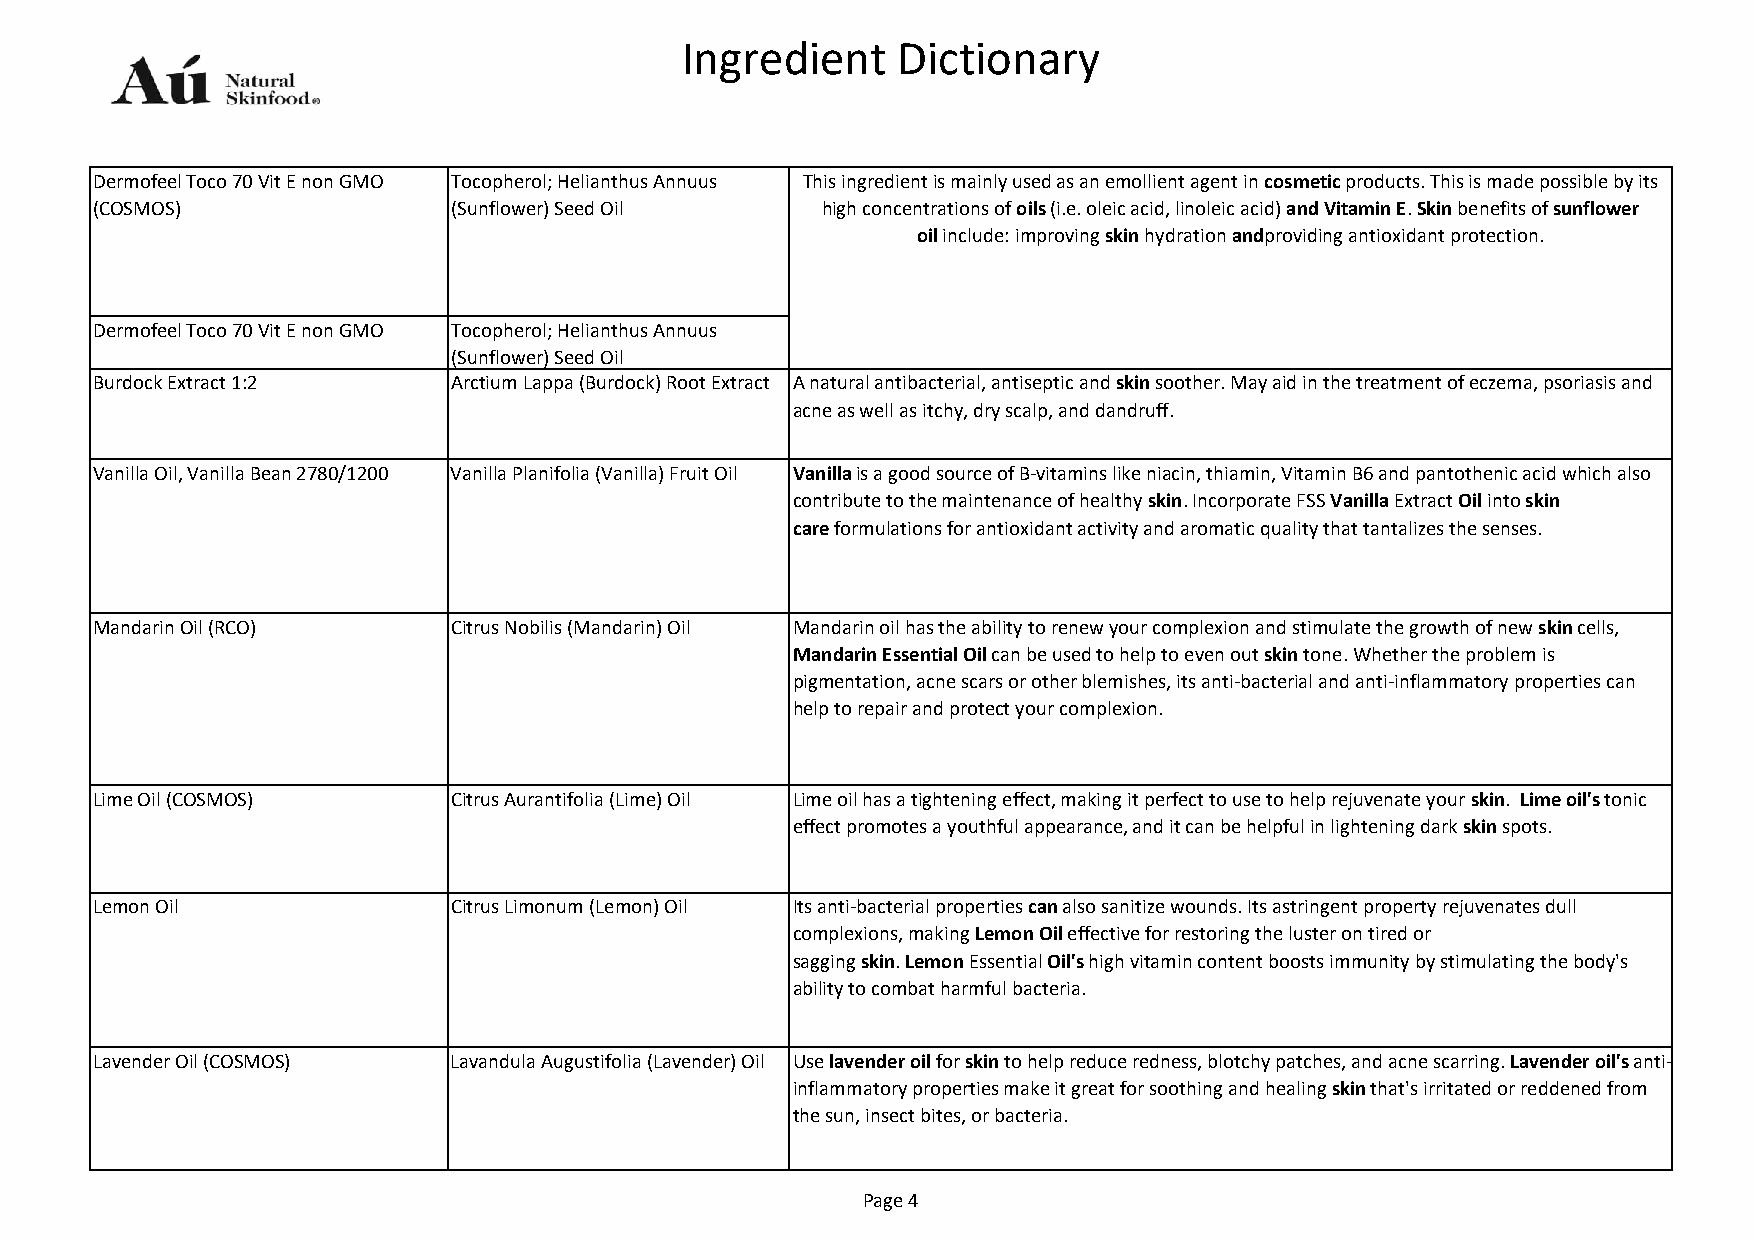
Ingredient    Dictionary
 Dermofeel Toco 70 Vit E non GMO Tocopherol; Helianthus Annuus This ingredient is mainly used as an emollient agent in cosmetic products. This is made possible by its
 (COSMOS)                (Sunflower) Seed Oil    high concentrations of oils (i.e. oleic acid, linoleic acid) and Vitamin E. Skin benefits of sunflower
 oil include: improving skin hydration andproviding antioxidant protection.
 Dermofeel Toco 70 Vit E non GMO Tocopherol; Helianthus Annuus
 (Sunflower) Seed Oil
 Burdock Extract 1:2     Arctium Lappa (Burdock) Root Extract A natural antibacterial, antiseptic and skin soother. May aid in the treatment of eczema, psoriasis and
 acne as well as itchy, dry scalp, and dandruff.
 Vanilla Oil, Vanilla Bean 2780/1200 Vanilla Planifolia (Vanilla) Fruit Oil Vanilla is a good source of B‐vitamins like niacin, thiamin, Vitamin B6 and pantothenic acid which also
 contribute to the maintenance of healthy skin. Incorporate FSS Vanilla Extract Oil into skin
 care formulations for antioxidant activity and aromatic quality that tantalizes the senses.
 Mandarin Oil (RCO)      Citrus Nobilis (Mandarin) Oil Mandarin oil has the ability to renew your complexion and stimulate the growth of new skin cells,
 Mandarin Essential Oil can be used to help to even out skin tone. Whether the problem is
 pigmentation, acne scars or other blemishes, its anti-bacterial and anti-inflammatory properties can
 help to repair and protect your complexion.
 Lime Oil (COSMOS)       Citrus Aurantifolia (Lime) Oil Lime oil has a tightening effect, making it perfect to use to help rejuvenate your skin. Lime oil's tonic
 effect promotes a youthful appearance, and it can be helpful in lightening dark skin spots.
 Lemon Oil               Citrus Limonum (Lemon) Oil Its anti-bacterial properties can also sanitize wounds. Its astringent property rejuvenates dull
 complexions, making Lemon Oil effective for restoring the luster on tired or
 sagging skin. Lemon Essential Oil's high vitamin content boosts immunity by stimulating the body's
 ability to combat harmful bacteria.
 Lavender Oil (COSMOS)   Lavandula Augustifolia (Lavender) Oil Use lavender oil for skin to help reduce redness, blotchy patches, and acne scarring. Lavender oil's anti-
 inflammatory properties make it great for soothing and healing skin that's irritated or reddened from
 the sun, insect bites, or bacteria.
 Page 4